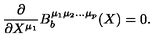
\frac { \partial } { \partial X ^ { \mu _ { 1 } } } B _ { b } ^ { \mu _ { 1 } \mu _ { 2 } \ldots \mu _ { p } } ( X ) = 0 .